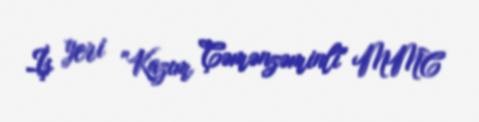
İş yeri "Kazım Çəmənzəminli" MMC